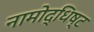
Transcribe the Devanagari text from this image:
नामोद्धिष्ट